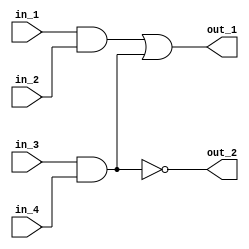
module example (out_1,out_2, in_1, in_2, in_3, in_4);

input in_1, in_2, in_3, in_4;
output out_1,out_2;

and and1 (L1, in_1, in_2);
and and2 (L2, in_3, in_4);
or  or1 (out_1, L1, L2);
not inv1 (out_2, L2);


endmodule